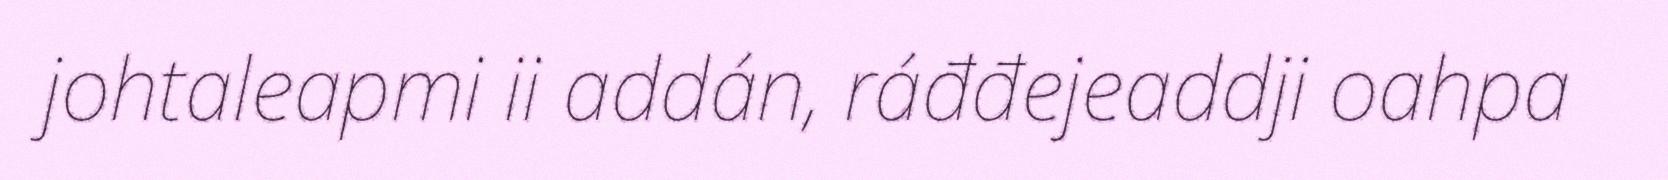
johtaleapmi ii addán, ráđđejeaddji oahpa